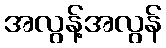
အလွန့်အလွန်